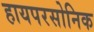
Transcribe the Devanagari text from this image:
हायपरसोनिक